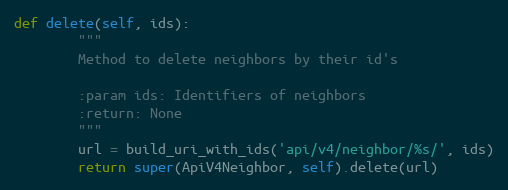
Language: Python
def delete(self, ids):
        """
        Method to delete neighbors by their id's

        :param ids: Identifiers of neighbors
        :return: None
        """
        url = build_uri_with_ids('api/v4/neighbor/%s/', ids)
        return super(ApiV4Neighbor, self).delete(url)